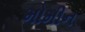
મોમીન